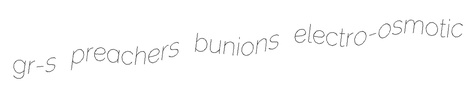
gr-s preachers bunions electro-osmotic